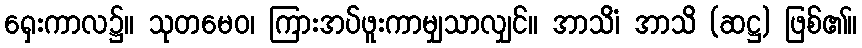
ရှေးကာလ၌။ သုတမေဝ၊ ကြားအပ်ဖူးကာမျှသာလျှင်။ အာသိံ၊ အာသိ (ဆဋ္ဌ) ဖြစ်၏။